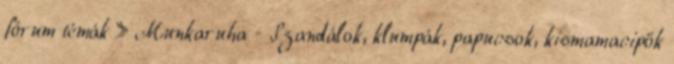
fórum témák » Munkaruha - Szandálok, klumpák, papucsok, kismamacipők